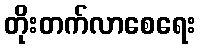
တိုးတက်လာစေရေး